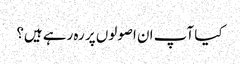
کیا آپ ان اصولوں پر رہ رہے ہیں؟